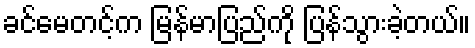
ခင်မေတင့်က မြန်မာပြည်ကို ပြန်သွားခဲ့တယ်။